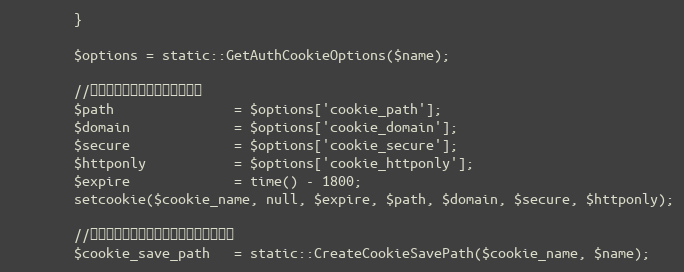
Language: PHP
		}

		$options = static::GetAuthCookieOptions($name);

		//クライアント側クッキーの削除
		$path				= $options['cookie_path'];
		$domain				= $options['cookie_domain'];
		$secure				= $options['cookie_secure'];
		$httponly			= $options['cookie_httponly'];
		$expire				= time() - 1800;
		setcookie($cookie_name, null, $expire, $path, $domain, $secure, $httponly);

		//クッキー認証セッションファイルの削除
		$cookie_save_path	= static::CreateCookieSavePath($cookie_name, $name);